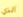
الذي